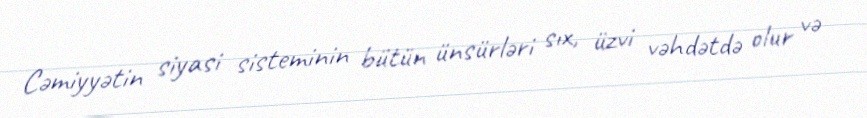
Cəmiyyətin siyasi sisteminin bütün ünsürləri sıx, üzvi vəhdətdə olur və